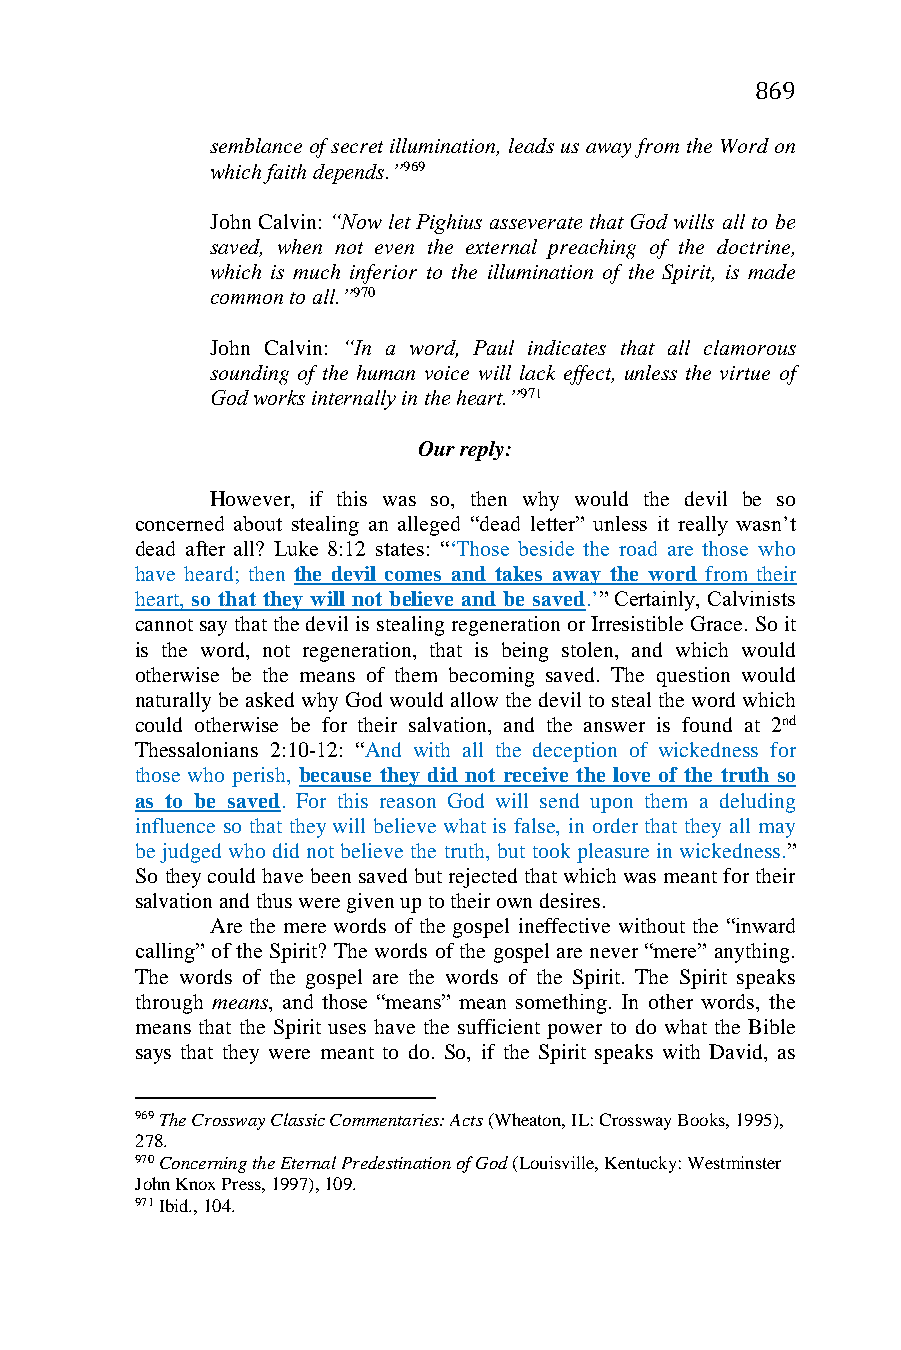
869
 semblance of secret illumination, leads us away from the Word on
 which faith depends.”969
 John Calvin: “Now let Pighius asseverate that God wills all to be
 saved, when not even the external preaching of the doctrine,
 which is much inferior to the illumination of the Spirit, is made
 common to all.”970
 John Calvin: “In a word, Paul indicates that all clamorous
 sounding of the human voice will lack effect, unless the virtue of
 God works internally in the heart.”971
 Our reply:
 However, if this was so, then why would the devil be so
 concerned about stealing an alleged “dead letter” unless it really wasn’t
 dead after all? Luke 8:12 states: “‘Those beside the road are those who
 have heard; then the devil comes and takes away the word from their
 heart, so that they will not believe and be saved.’” Certainly, Calvinists
 cannot say that the devil is stealing regeneration or Irresistible Grace. So it
 is the word, not regeneration, that is being stolen, and which would
 otherwise be the means of them becoming saved. The question would
 naturally be asked why God would allow the devil to steal the word which
 could otherwise be for their salvation, and the answer is found at 2nd
 Thessalonians 2:10-12: “And with all the deception of wickedness for
 those who perish, because they did not receive the love of the truth so
 as to be saved. For this reason God will send upon them a deluding
 influence so that they will believe what is false, in order that they all may
 be judged who did not believe the truth, but took pleasure in wickedness.”
 So they could have been saved but rejected that which was meant for their
 salvation and thus were given up to their own desires.
 Are the mere words of the gospel ineffective without the “inward
 calling” of the Spirit? The words of the gospel are never “mere” anything.
 The words of the gospel are the words of the Spirit. The Spirit speaks
 through means, and those “means” mean something. In other words, the
 means that the Spirit uses have the sufficient power to do what the Bible
 says that they were meant to do. So, if the Spirit speaks with David, as
 969 The Crossway Classic Commentaries: Acts (Wheaton, IL: Crossway Books, 1995),
 278.
 970 Concerning the Eternal Predestination of God (Louisville, Kentucky: Westminster
 John Knox Press, 1997), 109.
 971 Ibid., 104.